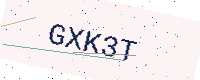
Text: GXK3T